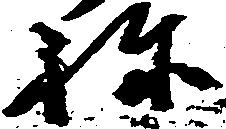
ね